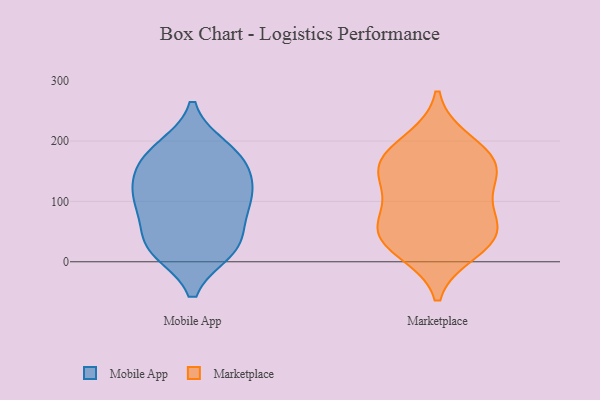
{"axis": {"x": "Revenue (USD Million)", "y": "Value"}, "legend": ["Marketplace", "Mobile App"], "data": [{"x": "", "y": 87, "type": "Mobile App"}, {"x": "", "y": 23, "type": "Mobile App"}, {"x": "", "y": 187, "type": "Mobile App"}, {"x": "", "y": 32, "type": "Mobile App"}, {"x": "", "y": 20, "type": "Mobile App"}, {"x": "", "y": 131, "type": "Mobile App"}, {"x": "", "y": 92, "type": "Mobile App"}, {"x": "", "y": 104, "type": "Mobile App"}, {"x": "", "y": 113, "type": "Mobile App"}, {"x": "", "y": 169, "type": "Mobile App"}, {"x": "", "y": 180, "type": "Mobile App"}, {"x": "", "y": 28, "type": "Mobile App"}, {"x": "", "y": 155, "type": "Mobile App"}, {"x": "", "y": 142, "type": "Marketplace"}, {"x": "", "y": 163, "type": "Marketplace"}, {"x": "", "y": 43, "type": "Marketplace"}, {"x": "", "y": 19, "type": "Marketplace"}, {"x": "", "y": 72, "type": "Marketplace"}, {"x": "", "y": 153, "type": "Marketplace"}, {"x": "", "y": 38, "type": "Marketplace"}, {"x": "", "y": 104, "type": "Marketplace"}, {"x": "", "y": 199, "type": "Marketplace"}, {"x": "", "y": 50, "type": "Marketplace"}, {"x": "", "y": 171, "type": "Marketplace"}]}